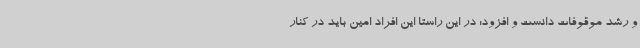
و رشد موقوفات دانست و افزود: در این راستا این افراد امین باید در کنار